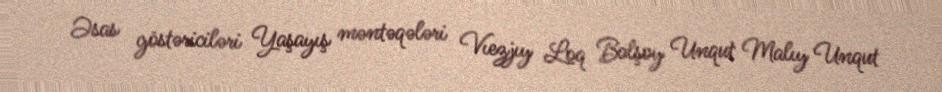
Əsas göstəriciləri Yaşayış məntəqələri Vıezjıy Loq Bolşoy Unqut Malıy Unqut